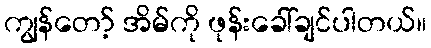
ကျွန်တော့် အိမ်ကို ဖုန်းခေါ်ချင်ပါတယ်။